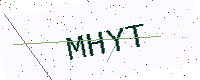
Text: MHYT